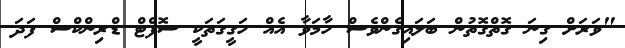
"ވަރަށް ގިނަ ގޮތްގޮތުން ބަލައިގެންވެސް ހާމަވާ އެއް ހަގީގަތަކީ ސޮފްޓް ޑްރިންކްސް ފަދަ